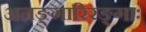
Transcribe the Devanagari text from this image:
अनङ्गारिरङ्गाः